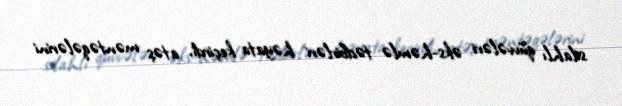
silahlı qüvvələri əks-həmlə tədbirləri həyata keçirdi, atəş məntəqələrini